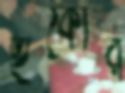
হুঁকোর